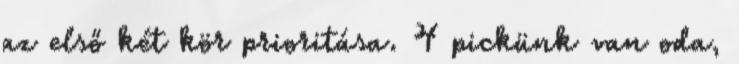
az első két kör prioritása. 4 pickünk van oda,